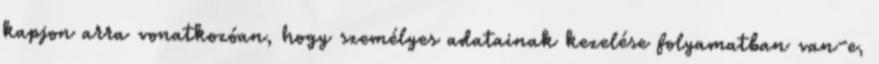
kapjon arra vonatkozóan, hogy személyes adatainak kezelése folyamatban van-e,